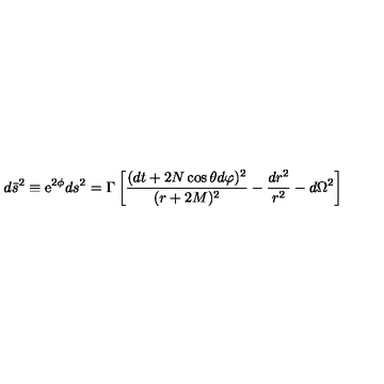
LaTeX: d \bar { s } ^ { 2 } \equiv \mathrm { e } ^ { 2 \phi } d s ^ { 2 } = \Gamma \left[ \frac { ( d t + 2 N \cos \theta d \varphi ) ^ { 2 } } { ( r + 2 M ) ^ { 2 } } - \frac { d r ^ { 2 } } { r ^ { 2 } } - d \Omega ^ { 2 } \right]